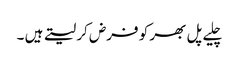
چلیے پل بھر کو فرض کر لیتے ہیں ۔